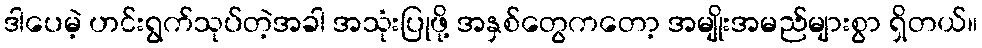
ဒါပေမဲ့ ဟင်းရွက်သုပ်တဲ့အခါ အသုံးပြုဖို့ အနှစ်တွေကတော့ အမျိုးအမည်များစွာ ရှိတယ်။